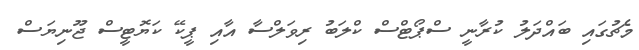
މެޗުގައި ބައްދަލު ކުރާނީ ސްޕޯޓްސް ކްލަބު ރިވަލްސާ އާއި ޕީކޭ ކަޔޮޓީސް ޖޫނިޔަސް